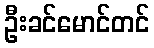
ဦးခင်မောင်တင်